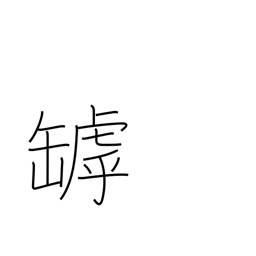
Meaning: crack